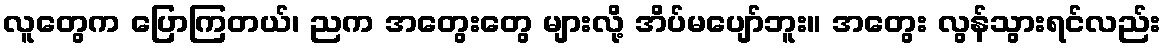
လူတွေက ပြောကြတယ်၊ ညက အတွေးတွေ များလို့ အိပ်မပျော်ဘူး။ အတွေး လွန်သွားရင်လည်း